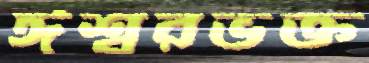
ঈশ্বরভক্ত